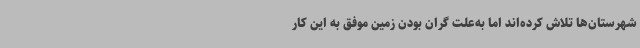
شهرستان‌ها تلاش کرده‌اند اما به‌علت گران بودن زمین موفق به این کار